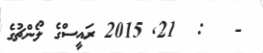
-   :  21